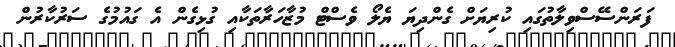
ފަރަންސޭސްވިލާތުގައި ކުރިޔަށް ގެންދިޔަ ޔެލޯ ވެސްޓް މުޒާހަރާތަކާއި ގުޅިގެން އެ ގައުމުގެ ސަރުކާރުން